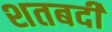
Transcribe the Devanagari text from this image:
शतबदी